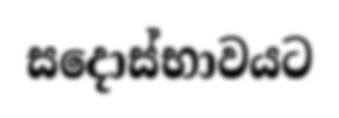
සදොස්භාවයට